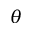
\theta